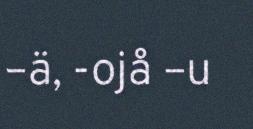
–ä, -ojå –u